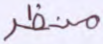
منظر